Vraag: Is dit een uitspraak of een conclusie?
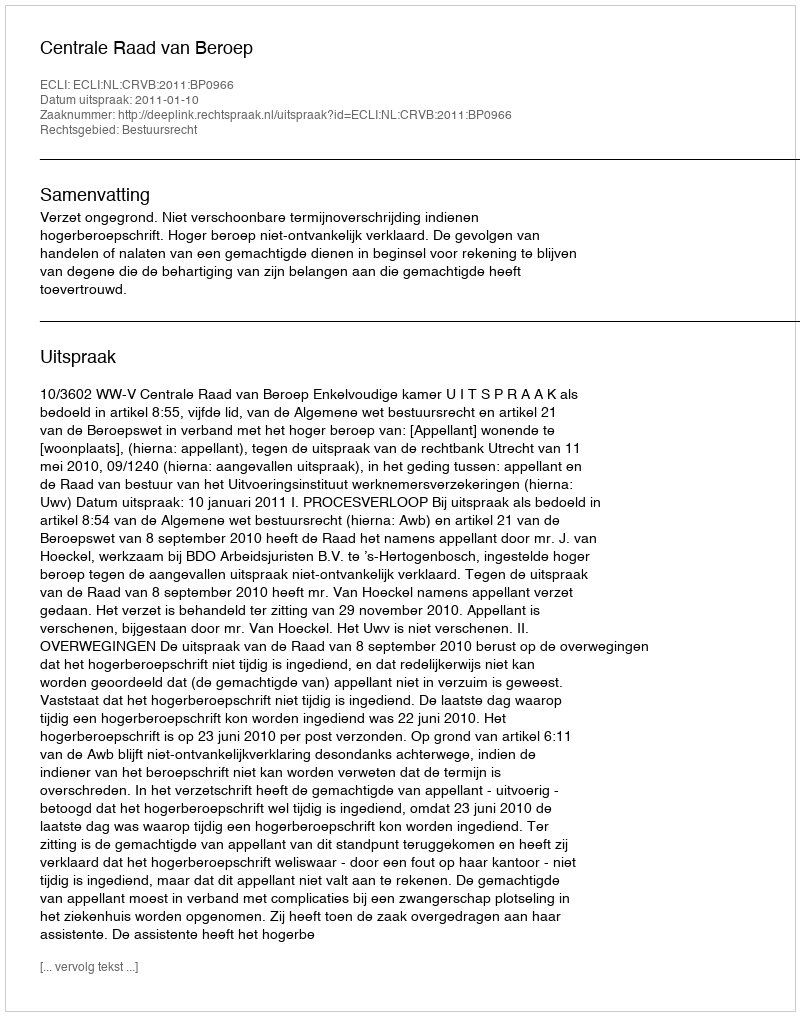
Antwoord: Uitspraak